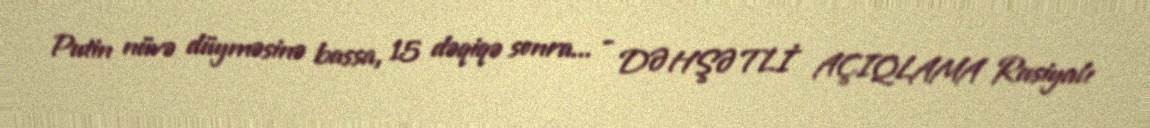
Putin nüvə düyməsinə bassa, 15 dəqiqə sonra... - DƏHŞƏTLİ AÇIQLAMA Rusiyalı